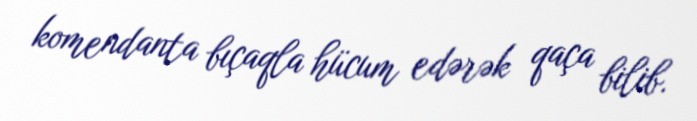
komendanta bıçaqla hücum edərək qaça bilib.